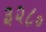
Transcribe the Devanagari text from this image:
३२८०